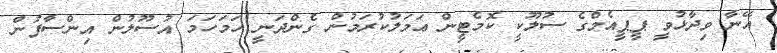
އޭނާ ވިދާޅުވީ ޕީޕީއެމްގެ ސުލޫކީ ކޮމެޓީން ޢަމަލުކުރަމުން ގެންދަނީ ހަމަހަމަ އުސޫލުން އިންސާފުން